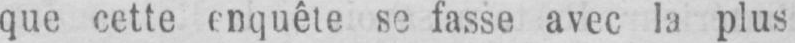
avec la plus